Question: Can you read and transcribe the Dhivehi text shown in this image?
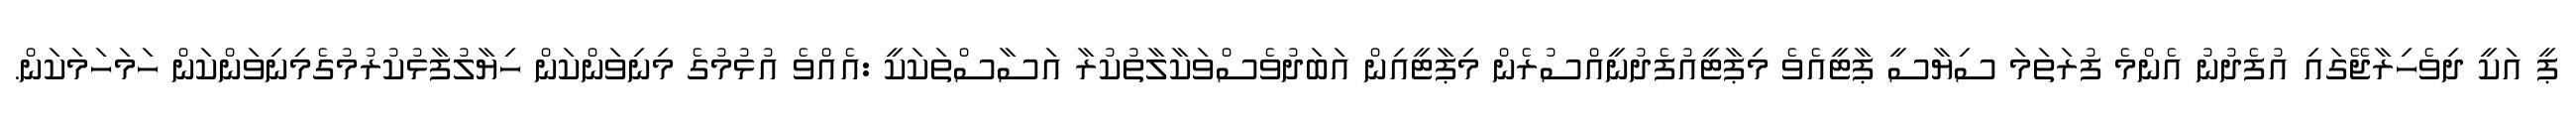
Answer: ޕީ އަކީ ދިވެހިރާޖޭގައި އުފެދުނު އެންމެ ފުރަތަމަ ސިޔާސީ ޕާޓީއެވެ މިޕާޓީއުފެދުނީއްސުރެން މިޕާޓީއިން އަބަދުވެސްވަކާލާތުކުރާ އަސާސްތަކަކީ :އެއްވެ އުޅުމުގެ މިނިވަންކަން ހިޔާލުފާޅުކުރުމުގެމިނިވަންކަން ހަމަހަމަކަން.